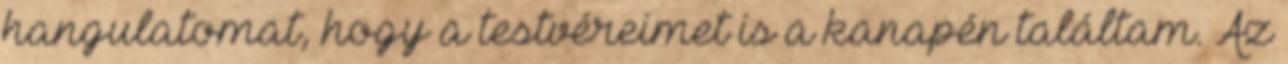
hangulatomat, hogy a testvéreimet is a kanapén találtam. Az